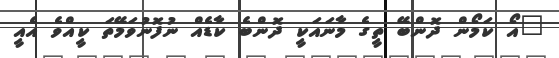
"އޯ ކަމޯން ދޮންބޭ ތީގެ މާނައަކީ ދޮންބެ ކާޑެއް ނުފޮނުވަމޭތަ ކީއްވެ އެއީ